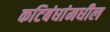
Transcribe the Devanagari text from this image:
कटिबंधांमधील